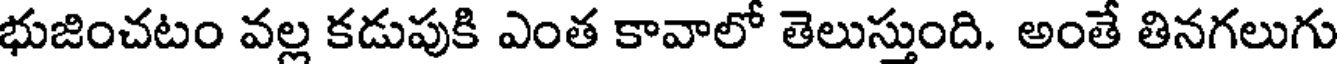
భుజించటం వల్ల కడుపుకి ఎంత కావాలో తెలుస్తుంది. అంతే తినగలుగు